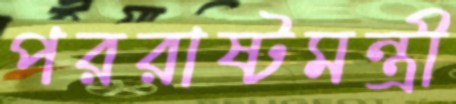
পররাষ্টমন্ত্রী